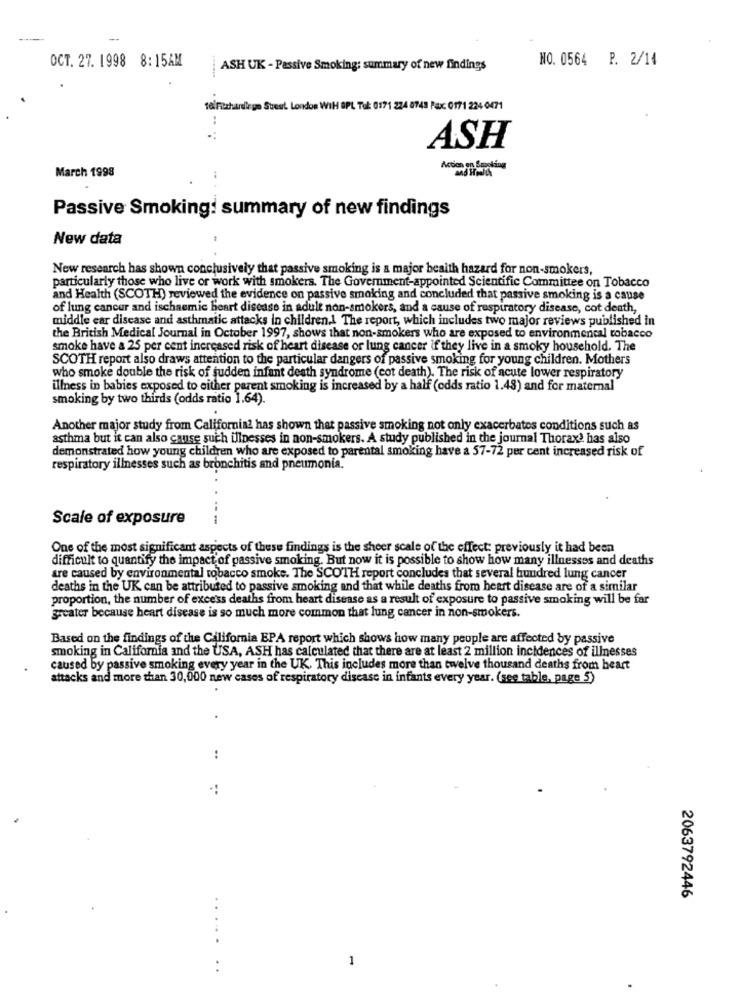
OCT. 27. 1998 8:15AM
NO. 0564 P. 2/14
ASH UK - Passive Smoking: summary of new findings
telFitshardiege Steut London WIH OPL Tof: 0171 224 0743 Fax: 0171 224 0471
..
ASH
March 1998
Passive Smoking: summary of new findings
New data
New research has shown conclusively that passive smoking is a major beaith hazard for non-smokers,
particularly those who live or work with smokers. The Government-appointed Scientific Committee on Tobacco
and Health (SCOTH) reviewed the evidence on passive smoking and concluded that passive smoking is a cause
of lung cancer and ischaemic heart disease in adult non-smokers, and a cause of respiratory disease, cot death,
middle ear disease and asthmatic attacks in children.1 The report, which includes two major reviews published in
the British Medical Journal in October 1997, shows that non-smokers who are exposed to environmental tobacco
smoke have a 25 per cent increased risk of heart disease or lung cancer if they live in a smoky household. The
SCOTH report also draws attention to the particular dangers of passive smoking for young children. Mothers
who smoke double the risk of judden infant death syndrome (cot death). The risk of acute lower respiratory
illness in babies exposed to either parent smoking is increased by a half (odds ratio 1.48) and for maternal"
smoking by two thirds (odds ratio 1.64).
Another major study from Californial has shown that passive smoking not only exacerbates conditions such as
asthma but it can also cause such illnesses in non-smokers. A study published in the journal Thorax? has also
demonstrated how young children who are exposed to parental smoking have a 57-72 per cent increased risk of
respiratory illnesses such as bronchitis and pneumonia.
Scale of exposure
One of the most significant aspects of these findings is the sheer scale of the effect: previously it had been
difficult to quantify the impact of passive smoking. But now it is possible to show how many illnesses and deaths
are caused by environmental tobacco smoke. The SCOTH report concludes that several hundred lung cancer
deaths in the UK can be attributed to passive smoking and that while deaths from heart disease are of a similar
proportion, the number of excess deaths from heart disease as a result of exposure to passive smoking will be far
greater because heart disease is so much more common that lung cancer in non-smokers.
Based on the findings of the California EPA report which shows how many people are affected by passive
smoking in California and the USA, ASH has calculated that there are at least 2 million incidences of illnesses
caused by passive smoking every year in the UK. This includes more than twelve thousand deaths from heart
attacks and more than 30,000 new cases of respiratory disease in infants every year. (see table, page 5)
:
2063792446
1